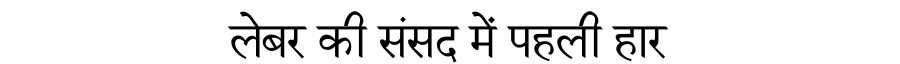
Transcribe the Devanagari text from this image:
लेबर की संसद में पहली हार